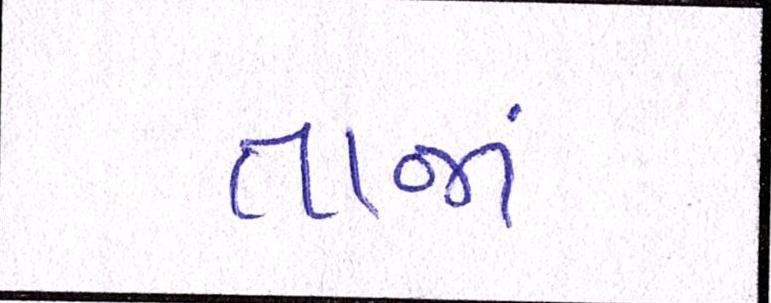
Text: તાજાં